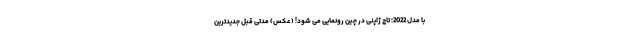
با مدل 2022؛ تاج ژاپنی در چین رونمایی می شود! (عکس) مدتی قبل جدیدترین